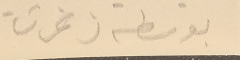
بوسطه زغرتا